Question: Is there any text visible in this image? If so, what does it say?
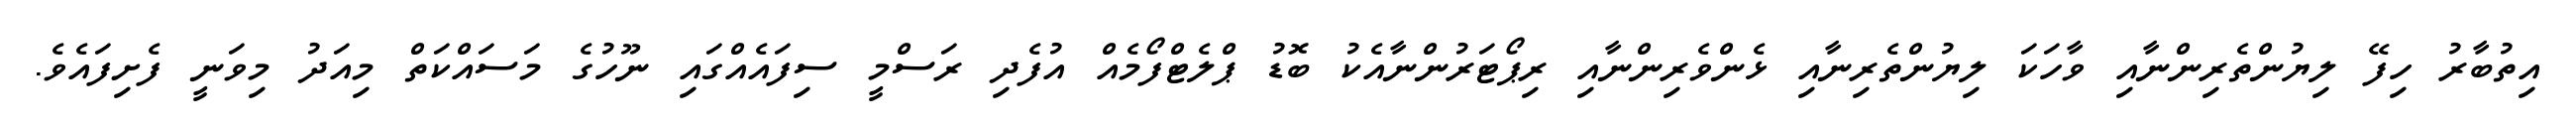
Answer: އިތުބާރު ހިފޭ ލިޔުންތެރިންނާއި ވާހަކަ ލިޔުންތެރިނާއި ޅެންވެރިންނާއި ރިޕޯޓަރުންނާއެކު ބޮޑު ޕްލެޓްފޯމެއް އުފެދި ރަސްމީ ސިފައެއްގައި ނޫހުގެ މަސައްކަތް މިއަދު މިވަނީ ފެށިފައެވެ.